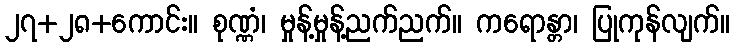
၂၇+၂၈+ကောင်း။ စုဏ္ဏံ၊ မှုန့်မှုန့်ညက်ညက်။ ကရောန္တာ၊ ပြုကုန်လျက်။